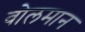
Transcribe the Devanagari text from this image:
वोलमान